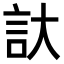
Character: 𮗹